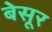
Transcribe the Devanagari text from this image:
बेसूर